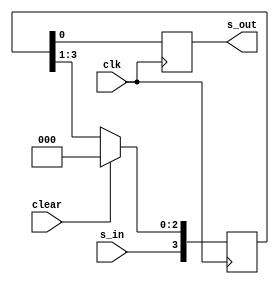
`timescale 1ns / 1ps
module siso(clk,clear,s_in,s_out);
input clk,s_in,clear;
output reg s_out;

reg [3:0] tmp;

always @(posedge clk )
begin
    if (clear)
        tmp <= 4'b0000;
    else
        tmp <= tmp >> 1;
        tmp[3] <= s_in;
        s_out = tmp[0];
end
endmodule